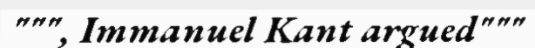
""", Immanuel Kant argued"""